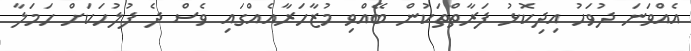
އެއްވަނަ ދުވަހު އިދިކޮޅު ފަރާތްތަކުން ބޭއްވި މުޒާހަރާއެއްގައި ވެސް ދެ ފުލުހަކަށް ހަމަލާ